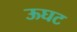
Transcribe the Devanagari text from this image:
ऊघट